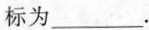
标为___.